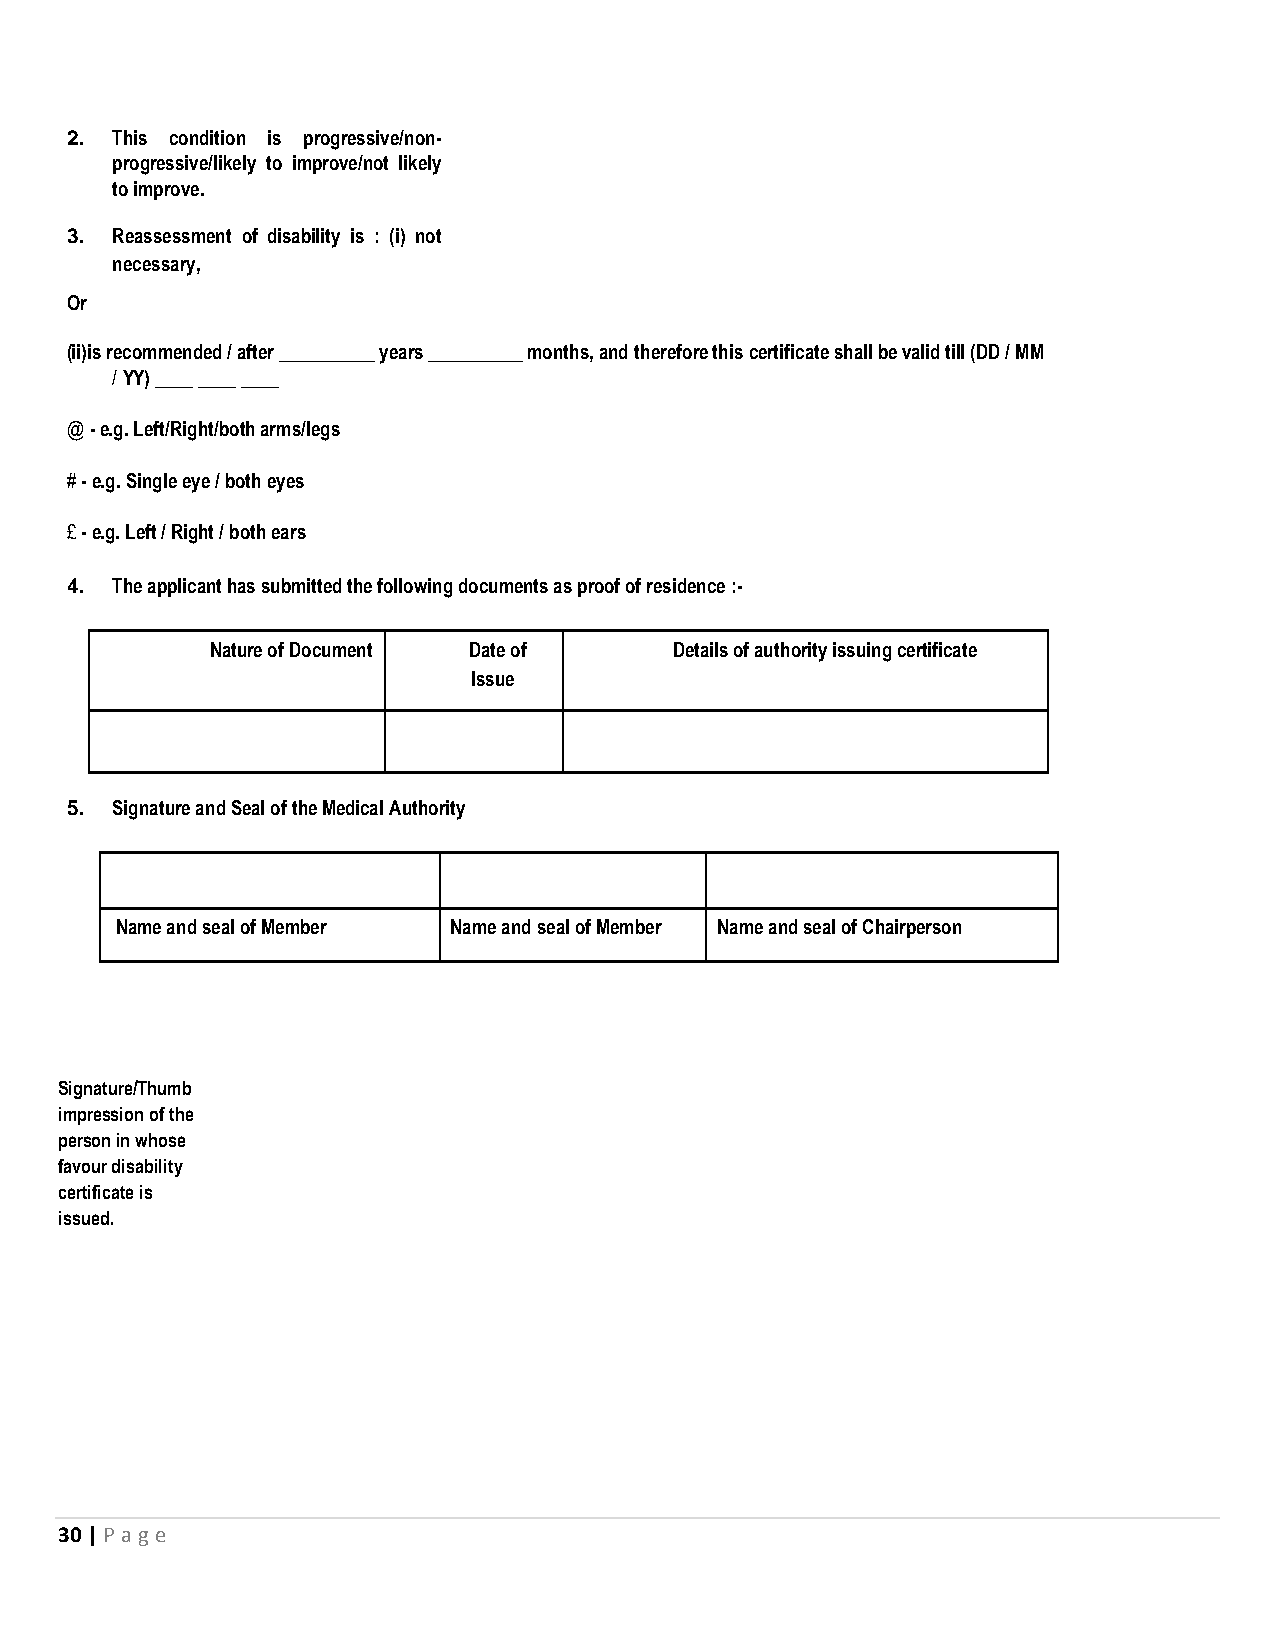
2. This condition is progressive/non-
 progressive/likely to improve/not likely
 to improve.
 3. Reassessment of disability is : (i) not
 necessary,
 Or
 (ii)is recommended / after __________ years __________ months, and therefore this certificate shall be valid till (DD / MM
 / YY) ____ ____ ____
 @ - e.g. Left/Right/both arms/legs
 # - e.g. Single eye / both eyes
 £ - e.g. Left / Right / both ears
 4. The applicant has submitted the following documents as proof of residence :-
 Nature of Document Date of     Details of authority issuing certificate
 Issue
 5. Signature and Seal of the Medical Authority
 Name and seal of Member Name and seal of Member Name and seal of Chairperson
 Signature/Thumb
 impression of the
 person in whose
 favour disability
 certificate is
 issued.
 30 | P age